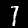
Label: 1